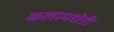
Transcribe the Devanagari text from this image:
कलामशेरी